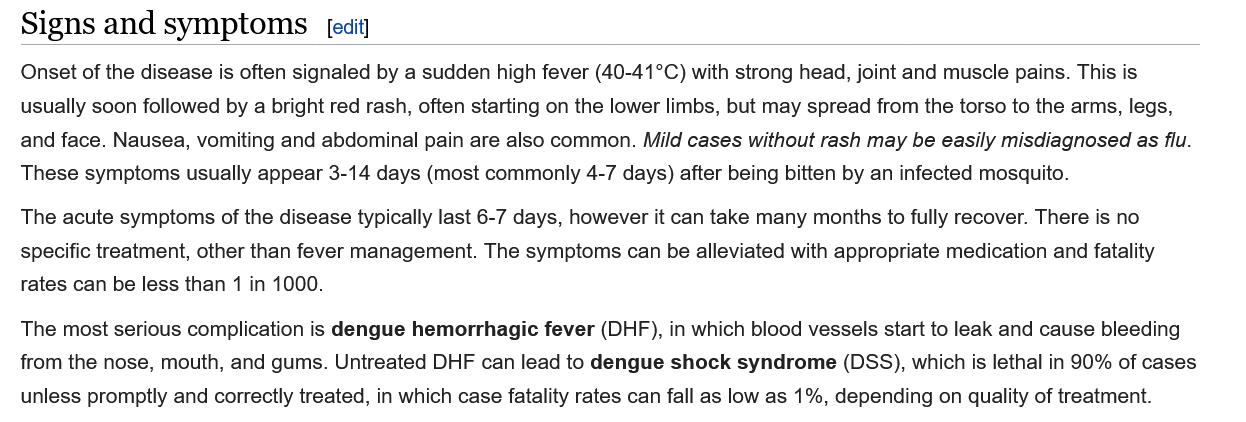
Onset of the disease is often signaled by a sudden high fever (40-41°C) with strong head, joint and muscle pains. This is
   usually soon followed by a bright red rash, often starting on the lower limbs, but may spread from the torso to the arms, legs,
  and face. Nausea, vomiting and abdominal pain are also common. Mild cases without rash may be easily misdiagnosed as flu.
  These symptoms usually appear 3-14 days (most commonly 4-7 days) after being bitten by an infected mosquito.
  The acute symptoms of the disease typically last 6-7 days, however it can take many months to fully recover. There is no
  specific treatment, other than fever management. The symptoms can be alleviated with appropriate medication and fatality
   rates can be less than 1 in 1000.
  The most serious complication is dengue hemorrhagic fever (DHF), in which blood vessels start to leak and cause bleeding
  from the nose, mouth, and gums. Untreated DHF can lead to dengue shock syndrome (DSS), which is lethal in 90% of cases
   unless promptly and correctly treated, in which case fatality rates can fall as low as 1%, depending on quality of treatment.
   Signs  and   symptoms    edit]